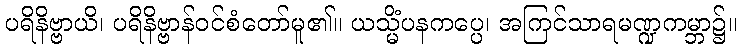
ပရိနိဗ္ဗာယိ၊ ပရိနိဗ္ဗာန်ဝင်စံတော်မူ၏။ ယသ္မိံပနကပ္ပေ၊ အကြင်သာရမဏ္ဍကမ္ဘာ၌။